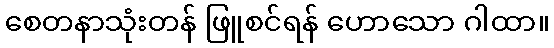
စေတနာသုံးတန် ဖြူစင်ရန် ဟောသော ဂါထာ။